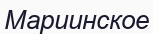
Мариинское